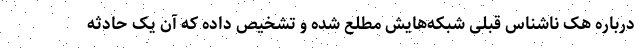
درباره هک ناشناس قبلی شبکه‌هایش مطلع شده و تشخیص داده که آن یک حادثه